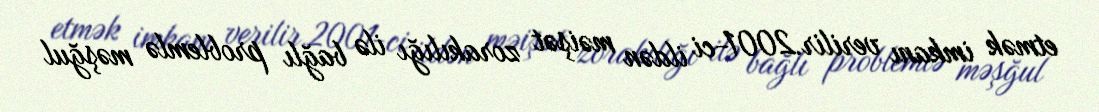
etmək imkanı verilir.2001-ci ildən məişət zorakılığı ilə bağlı problemlə məşğul